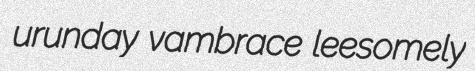
urunday vambrace leesomely